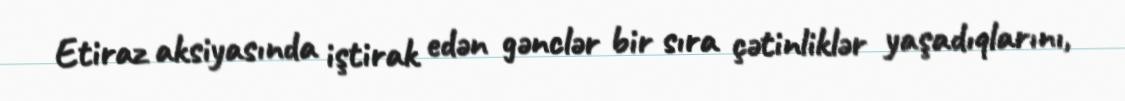
Etiraz aksiyasında iştirak edən gənclər bir sıra çətinliklər yaşadıqlarını,